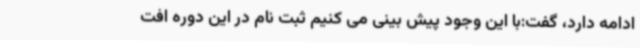
ادامه دارد، گفت:با این وجود پیش بینی می کنیم ثبت نام در این دوره افت